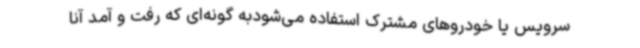
سرویس یا خودروهای مشترک استفاده می‌شودبه گونه‌ای که رفت و آمد آنا